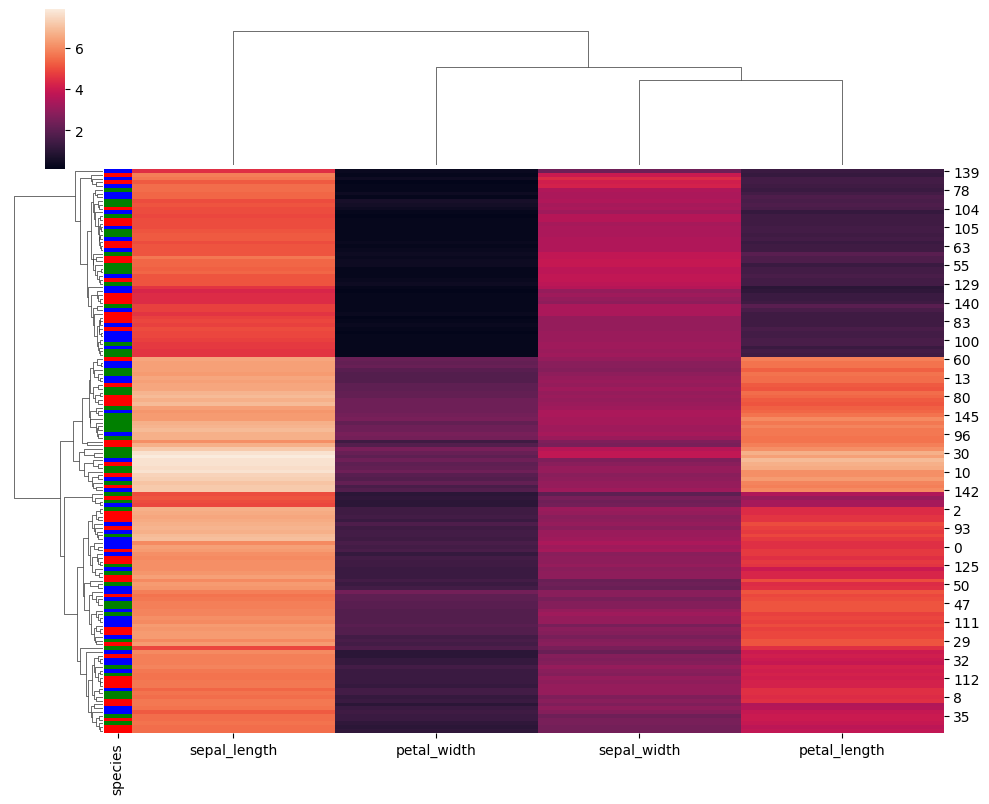
python, seaborn, clustermap, figsize=(10, 8), row_cluster=True, dendrogram_ratio=(0.1, 0.2), cbar_pos=(0.05, 0.8, 0.02, 0.2)